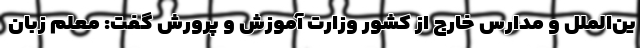
ین‌­الملل و مدارس خارج از کشور وزارت آموزش و پرورش گفت: معلم زبان